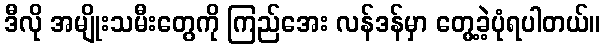
ဒီလို အမျိုးသမီးတွေကို ကြည်အေး လန်ဒန်မှာ တွေ့ခဲ့ပုံရပါတယ်။